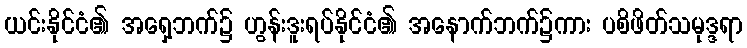
ယင်းနိုင်ငံ၏ အရှေ့ဘက်၌ ဟွန်းဒူးရပ်နိုင်ငံ၏ အနောက်ဘက်၌ကား ပစိဖိတ်သမုဒ္ဒရာ